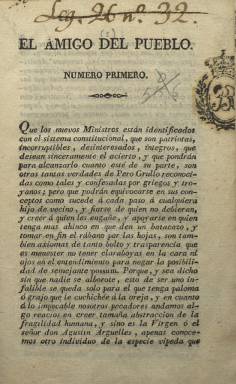
Título: El Amigo del pueblo (Madrid. 1822)
Colección: Periódicos anteriores a 1850
Ámbito geográfico: Madrid
Lugar de publicación: Madrid
Fechas: 01/01/1822-31/12/1822

Periódico calificado por Seoane (1983) como “exaltado” y de “tendencia comunera” del segundo periodo constitucional español. Señala esta autora que atacaba a los “sortijones” o “anilleros”, que es como les denominaban los liberales exaltados a estos moderados de una de las sociedades, en este caso, además masónica, integrada por Martínez de la Rosa, Calatrava, el conde de Toreno, el duque de Frías o el de Anglona, que se reconocían entre sí por llevar un anillo en el dedo de la mano. Se anunciaba en el Diario de Madrid (25 de septiembre y nueve de octubre de 1822) y la Gaceta de Madrid (8 de noviembre de 1822) como: “o el enemigo de los opresores”.

El título periodístico El Amigo del pueblo, estaba inspirado en el célebre L’Ami du peuple (1789-1792), que el periodista Jean-Paul Marat (1743-1793) había publicado en París durante la revolución francesa, y en España ya había aparecido uno durante las Cortes de Cádiz. A lo largo del siglo XIX otros periódicos lo volverán a adoptar, sólo en Madrid hasta cerca de una decena.

La colección de este del Trienio Liberal (1820-1823) en la Biblioteca Nacional de España la forman trece entregas, entre las 24 y 32 páginas cada una, y foliación correlativa, compuestas a una columna. Las doce primeras forman su primer tomo. Carece de periodicidad fija y salía de la Imprenta de Eusebio Álvarez.

Publica textos a modo de artículos, crónicas, comentarios y composiciones en verso sobre la actividad política de este periodo constitucional, señalando en su primer número que “ni pertenecemos a ningún partido, ni somos pretendientes, ni apetecemos otra cosa que Constitución y libertad”. Aunque Seoane señala que tuvo “poco éxito” durante los escasos meses en los que estuvo apareciendo, se anunciaba su venta en librerías de un buen número de capitales de provincia.